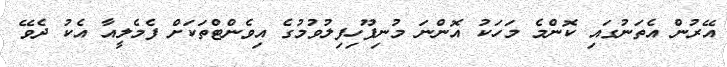
އޭރުން އެތަނުގައި ކޮންމެ މަހަކު އޮންނަ މުނިފޫހިފިލުވުމުގެ އިވެންޓްތަކަށް ފެމެލީއާ އެކު ދެވޭ